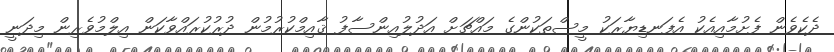
ދެކެވެން ފެށުމާއިއެކު އެފަނޑިޔާރަކު މީސްތަކުންގެ މައްޗަށް އަދުލުއިންސާފު ޤާއިމްކުރުމުން ދުރުކުރައްވާކަން އިލްމުވެރިން މިދަނީ